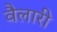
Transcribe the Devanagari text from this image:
वैलारी